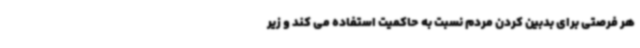
هر فرصتی برای بدبین کردن مردم نسبت به حاکمیت استفاده می کند و زیر